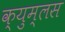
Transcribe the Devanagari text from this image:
क्युम्लस